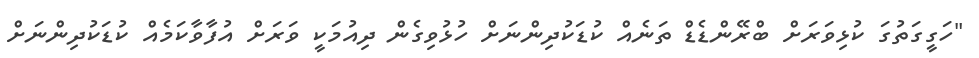
"ހަގީގަތުގަ ކުޅިވަރަށް ބްރޭންޑެޑް ތަނެއް ކުޑަކުދިންނަށް ހުޅުވިގެން ދިއުމަކީ ވަރަށް އުފާވާކަމެއް ކުޑަކުދިންނަށް